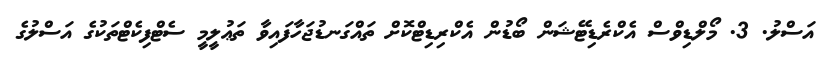
އަސްލު. 3. މޯލްޑިވްސް އެކްރެޑިޓޭޝަން ބޯޑުން އެކްރިޑިޓްކޮށް ތައްގަނޑުޖަހާފައިވާ ތަޢުލީމީ ސެޓްފިކެޓްތަކުގެ އަސްލުގެ